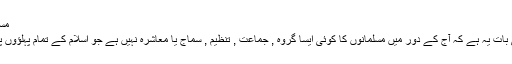
مسلمان جماعتوں کا رویہ :
بہت ہی زیادہ افسوس کی بات یہ ہے کہ آج کے دور میں مسلمانوں کا کوئی ایسا گروہ , جماعت , تنظیم , سماج یا معاشرہ نہیں ہے جو اسلام کے تمام پہلؤوں پر کما حقہ توجہ دیتا ہو ۔